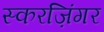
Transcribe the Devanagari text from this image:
स्करज़िंगर